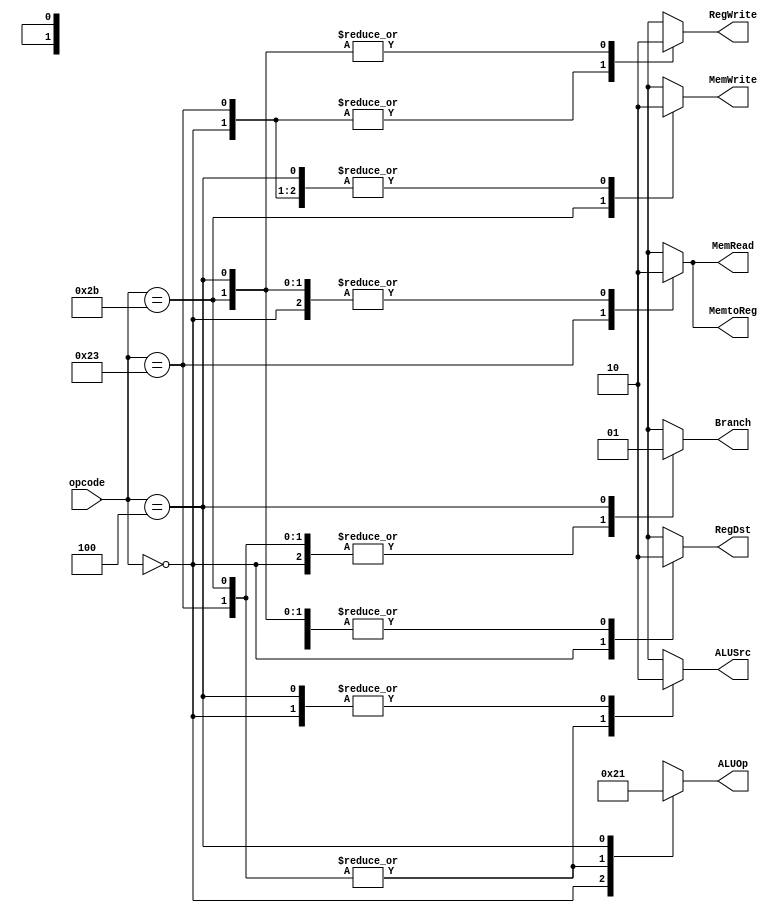
//-----------------------------------------------------------------------------
// Title         : MIPS Single-Cycle Control Unit
// Project       : Computer Organization
//-----------------------------------------------------------------------------
//-----------------------------------------------------------------------------
// Description :
//   Control unit for the MIPS "Single Cycle" processor implementation described
//   Section 5.4 of "Computer Organization and Design, 3rd ed."
//   by David Patterson & John Hennessey, Morgan Kaufmann, 2004 (COD3e).  
//
//   It implements the function specified in Figure 5.18 on p. 308 of COD3e.
//
//-----------------------------------------------------------------------------

module control_single(opcode, RegDst, ALUSrc, MemtoReg, RegWrite, MemRead, MemWrite, Branch, ALUOp);
    input [5:0] opcode;
    output RegDst, ALUSrc, MemtoReg, RegWrite, MemRead, MemWrite, Branch;
    output [1:0] ALUOp;
    reg    RegDst, ALUSrc, MemtoReg, RegWrite, MemRead, MemWrite, Branch;
    reg    [1:0] ALUOp;

    parameter R_FORMAT = 6'd0;
    parameter LW = 6'd35;
    parameter SW = 6'd43;
    parameter BEQ = 6'd4;

    always @(opcode)
    begin
        case (opcode)
          R_FORMAT : 
            begin
                RegDst=1'b1; ALUSrc=1'b0; MemtoReg=1'b0; RegWrite=1'b1; MemRead=1'b0; 
                MemWrite=1'b0; Branch=1'b0; ALUOp = 2'b10;
            end
            LW :
            begin
                RegDst=1'b0; ALUSrc=1'b1; MemtoReg=1'b1; RegWrite=1'b1; MemRead=1'b1;
                MemWrite=1'b0; Branch=1'b0;ALUOp=2'b00;
            end
            SW :
            begin
                RegDst=1'b0; ALUSrc=1'b1; MemtoReg=1'b0; RegWrite=1'b0; MemRead=1'b0;
                MemWrite=1'b1; Branch=1'b0;ALUOp=2'b00;
            end
            BEQ :
            begin
                RegDst=1'b0; ALUSrc=1'b0; MemtoReg=1'b0; RegWrite=1'b0; MemRead=1'b0;
                MemWrite=1'b0; Branch=1'b1;ALUOp=2'b01;
            end
          default
          begin
              $display("control_single unimplemented opcode %d", opcode);
              RegDst=1'bx; ALUSrc=1'bx; MemtoReg=1'bx; RegWrite=1'bx; MemRead=1'bx; 
              MemWrite=1'bx; Branch=1'bx; ALUOp = 2'bxx;
          end

        endcase
    end
endmodule